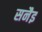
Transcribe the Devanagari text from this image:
सनैइ